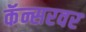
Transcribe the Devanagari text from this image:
कॅन्सरवर